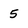
Character: 5